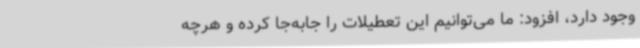
وجود دارد، افزود: ما می‌توانیم این تعطیلات را جابه‌جا کرده و هرچه